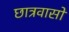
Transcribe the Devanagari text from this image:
छात्रवासों